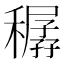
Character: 𥢨